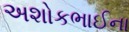
અશોકભાઈના